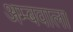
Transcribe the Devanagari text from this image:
अम्बवाला